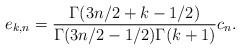
\begin{align*}e_{k,n}={\Gamma(3n/2+k-1/2)\over\Gamma(3n/2-1/2)\Gamma(k+1)}c_n.\end{align*}